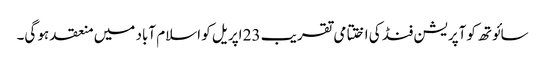
سائوتھ کوآپریشن فنڈ کی اختتامی تقریب 23 اپریل کو اسلام آباد میں منعقد ہو گی۔